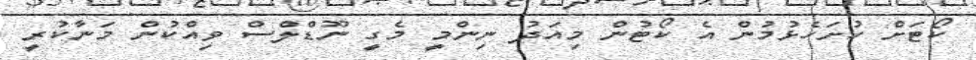
ކޯޓަށް ހުށަހެޅުމުން އެ ކޯޓުން މިއަދު ނިންމީ މެގީ ނޫޑްލްސް ވިއްކުން މަނާކުރީ